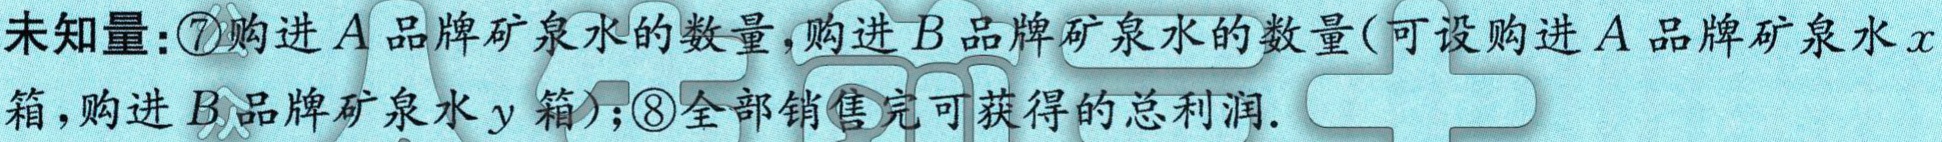
未知量：\textcircled{7}购进\(A\)品牌矿泉水的数量，购进\(B\)品牌矿泉水的数量(可设购进\(A\)品牌矿泉水\(x\)箱，购进\(B\)品牌矿泉水\(y\)箱)；\textcircled{8}全部销售完可获得的总利润.